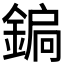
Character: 𨩮